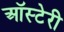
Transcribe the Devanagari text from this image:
ऑस्टेरी